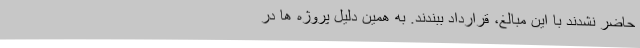
حاضر نشدند با این مبالغ، قرارداد ببندند. به همین دلیل پروژه ها در